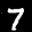
Label: 7